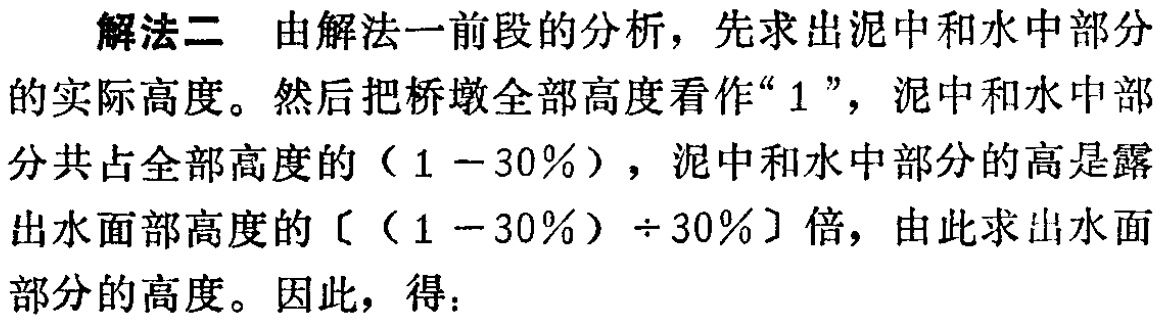
解法二 由解法一前段的分析，先求出泥中和水中部分

的实际高度。然后把桥墩全部高度看作“$1$”，泥中和水中部

分共占全部高度的（$1 - 30\%$），泥中和水中部分的高是露

出水面部高度的〔（$1 - 30\%$）$\div 30\%$〕倍，由此求出水面

部分的高度。因此，得：